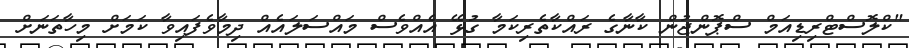
"ކްލޮސްޓްރިޑިއަމް ސްޕޮންޖުން ކާނާގެ ރައްކާތެރިކަމާ ގުޅޭ އެއްވެސް މައްސަލައެއް ދިމާވެފައިވާ ކަމަށް މިހާތަނަށް